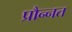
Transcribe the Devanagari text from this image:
प्रौन्‍नत